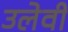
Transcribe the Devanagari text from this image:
उलेवी